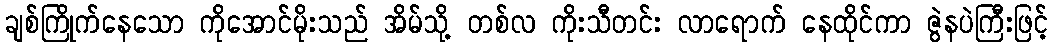
ချစ်ကြိုက်နေသော ကိုအောင်မိုးသည် အိမ်သို့ တစ်လ ကိုးသီတင်း လာရောက် နေထိုင်ကာ ဇွဲနပဲကြီးဖြင့်